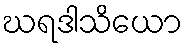
ဃရဒါသိယော